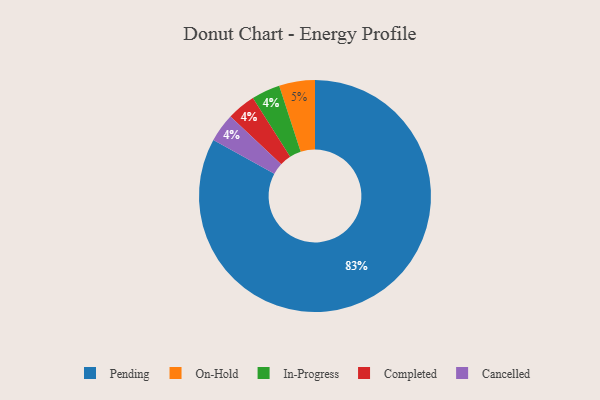
{"axis": {"x": "Category", "y": "Percentage"}, "legend": ["Cancelled", "Completed", "In-Progress", "On-Hold", "Pending"], "data": [{"x": "Pending", "y": 83, "type": "Pending"}, {"x": "In-Progress", "y": 4, "type": "In-Progress"}, {"x": "Completed", "y": 4, "type": "Completed"}, {"x": "Cancelled", "y": 4, "type": "Cancelled"}, {"x": "On-Hold", "y": 5, "type": "On-Hold"}]}